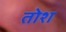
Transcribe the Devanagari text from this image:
तोश